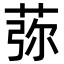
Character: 𦰴